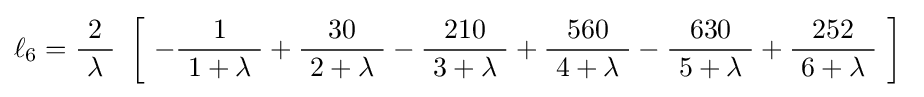
\ell _{6}={\frac {2}{\ \lambda \ }}\ \left[\ -{\frac {1}{\ 1+\lambda \ }}+{\frac {30}{\ 2+\lambda \ }}-{\frac {210}{\ 3+\lambda \ }}+{\frac {560}{\ 4+\lambda \ }}-{\frac {630}{\ 5+\lambda \ }}+{\frac {252}{\ 6+\lambda \ }}\ \right]~